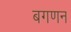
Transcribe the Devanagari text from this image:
बगणन